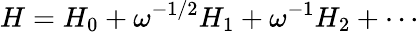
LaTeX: H=H_{0}+\omega^{-1/2}H_{1}+\omega^{-1}H_{2}+\cdots